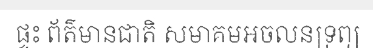
ផ្ទះ ព័ត៌មានជាតិ សមាគមអចលនទ្រព្យ